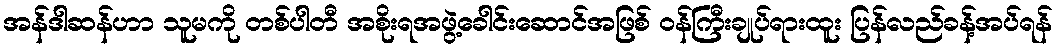
အန်ဒါဆန်ဟာ သူမကို တစ်ပါတီ အစိုးရအဖွဲ့ခေါင်းဆောင်အဖြစ် ဝန်ကြီးချုပ်ရားထူး ပြန်လည်ခန့်အပ်ရန်